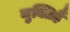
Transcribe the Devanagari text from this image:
मुक्तिहै